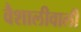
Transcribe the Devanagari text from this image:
वैशालीवाली